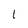
Character: l